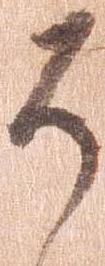
そ